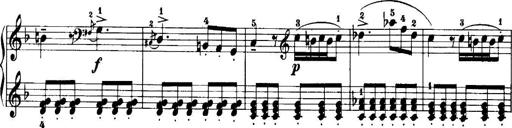
Title: 7 Sonatinas
Composer: Anton Diabelli